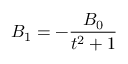
B _ { 1 } = - \frac { B _ { 0 } } { t ^ { 2 } + 1 }